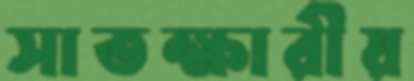
সাতক্ষারীয়